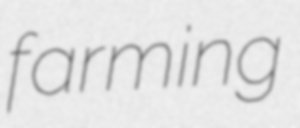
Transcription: farming